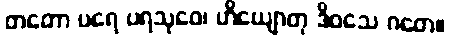
တတော ပရေ ပရသုဝေ၊ ဟိယျောတု ဒိဝသေ ဂတေ။